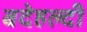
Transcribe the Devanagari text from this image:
बदेहल्दी